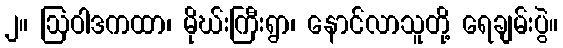
၂။ ဩဝါဒကထာ၊ မိုဃ်းကြီးရွာ၊ နောင်လာသူတို့ ရေချမ်းပွဲ။